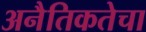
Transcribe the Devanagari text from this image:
अनैतिकतेचा